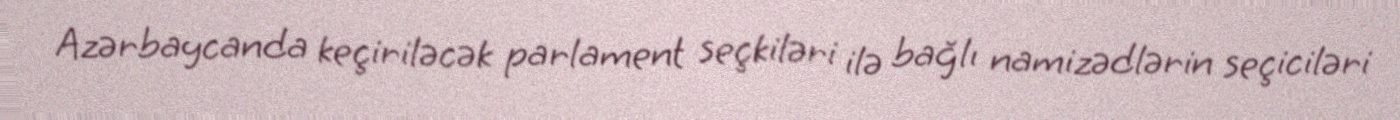
Azərbaycanda keçiriləcək parlament seçkiləri ilə bağlı namizədlərin seçiciləri